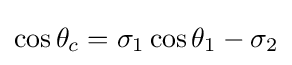
\cos \theta _{c}=\sigma _{1}\cos \theta _{1}-\sigma _{2}